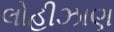
લોહીઝાણ